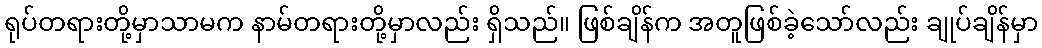
ရုပ်တရားတို့မှာသာမက နာမ်တရားတို့မှာလည်း ရှိသည်။ ဖြစ်ချိန်က အတူဖြစ်ခဲ့သော်လည်း ချုပ်ချိန်မှာ